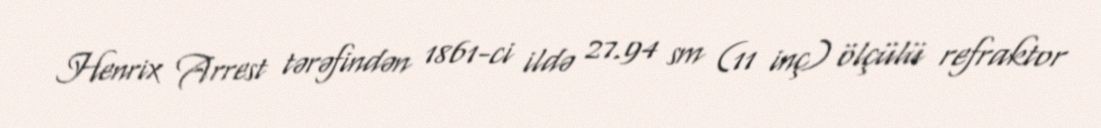
Henrix Arrest tərəfindən 1861-ci ildə 27.94 sm (11 inç) ölçülü refraktor